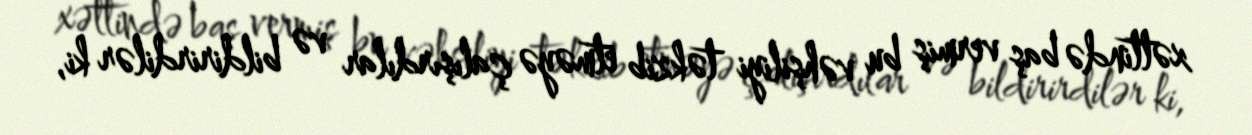
xəttində baş vermiş bu vəhşiliyi təkzib etməyə çalışırdılar və bildirirdilər ki,